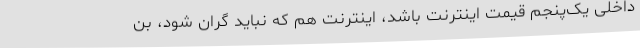
داخلی یک‌پنجم قیمت اینترنت باشد، اینترنت هم که نباید گران شود، بن